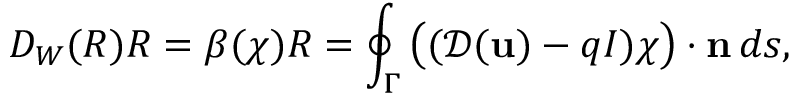
D _ { W } ( R ) R = \beta ( { \boldsymbol \chi } ) R = \oint _ { \Gamma } \big ( ( { \mathcal { D } } ( { \mathbf u } ) - q I ) { \boldsymbol \chi } \big ) \cdot { \mathbf n } \, d s ,